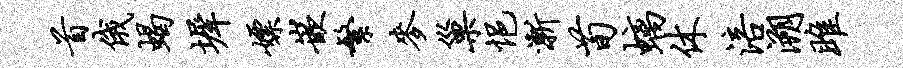
首俄蝎墀嫖嵌繁麦巢悒渐荀螭休涪溯雎